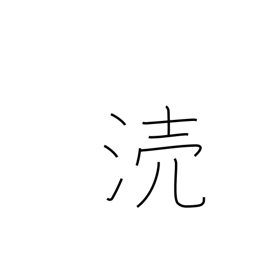
Meaning: defile